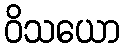
ဝိသယော